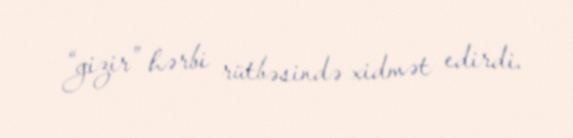
“gizir” hərbi rütbəsində xidmət edirdi.